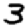
Digit: 3